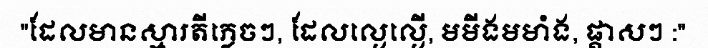
"ដែលមានស្មារតីភ្លេចៗ, ដែលល្ងេល្ងើ, មមីងមមាំង, ផ្តាសៗ :"